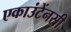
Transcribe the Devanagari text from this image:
एकाउंटेंनसी